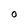
Character: 0